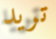
تريد